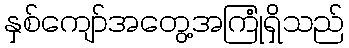
နှစ်ကျော်အတွေ့အကြုံရှိသည်